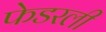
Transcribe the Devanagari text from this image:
फेडरली